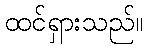
ထင်ရှားသည်။